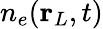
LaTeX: n_{e}(\mathbf{r}_{L},t)